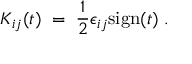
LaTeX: K _ { i j } ( t ) \; = \; \frac { 1 } { 2 } \epsilon _ { i j } \mathrm { s i g n } ( t ) \; .